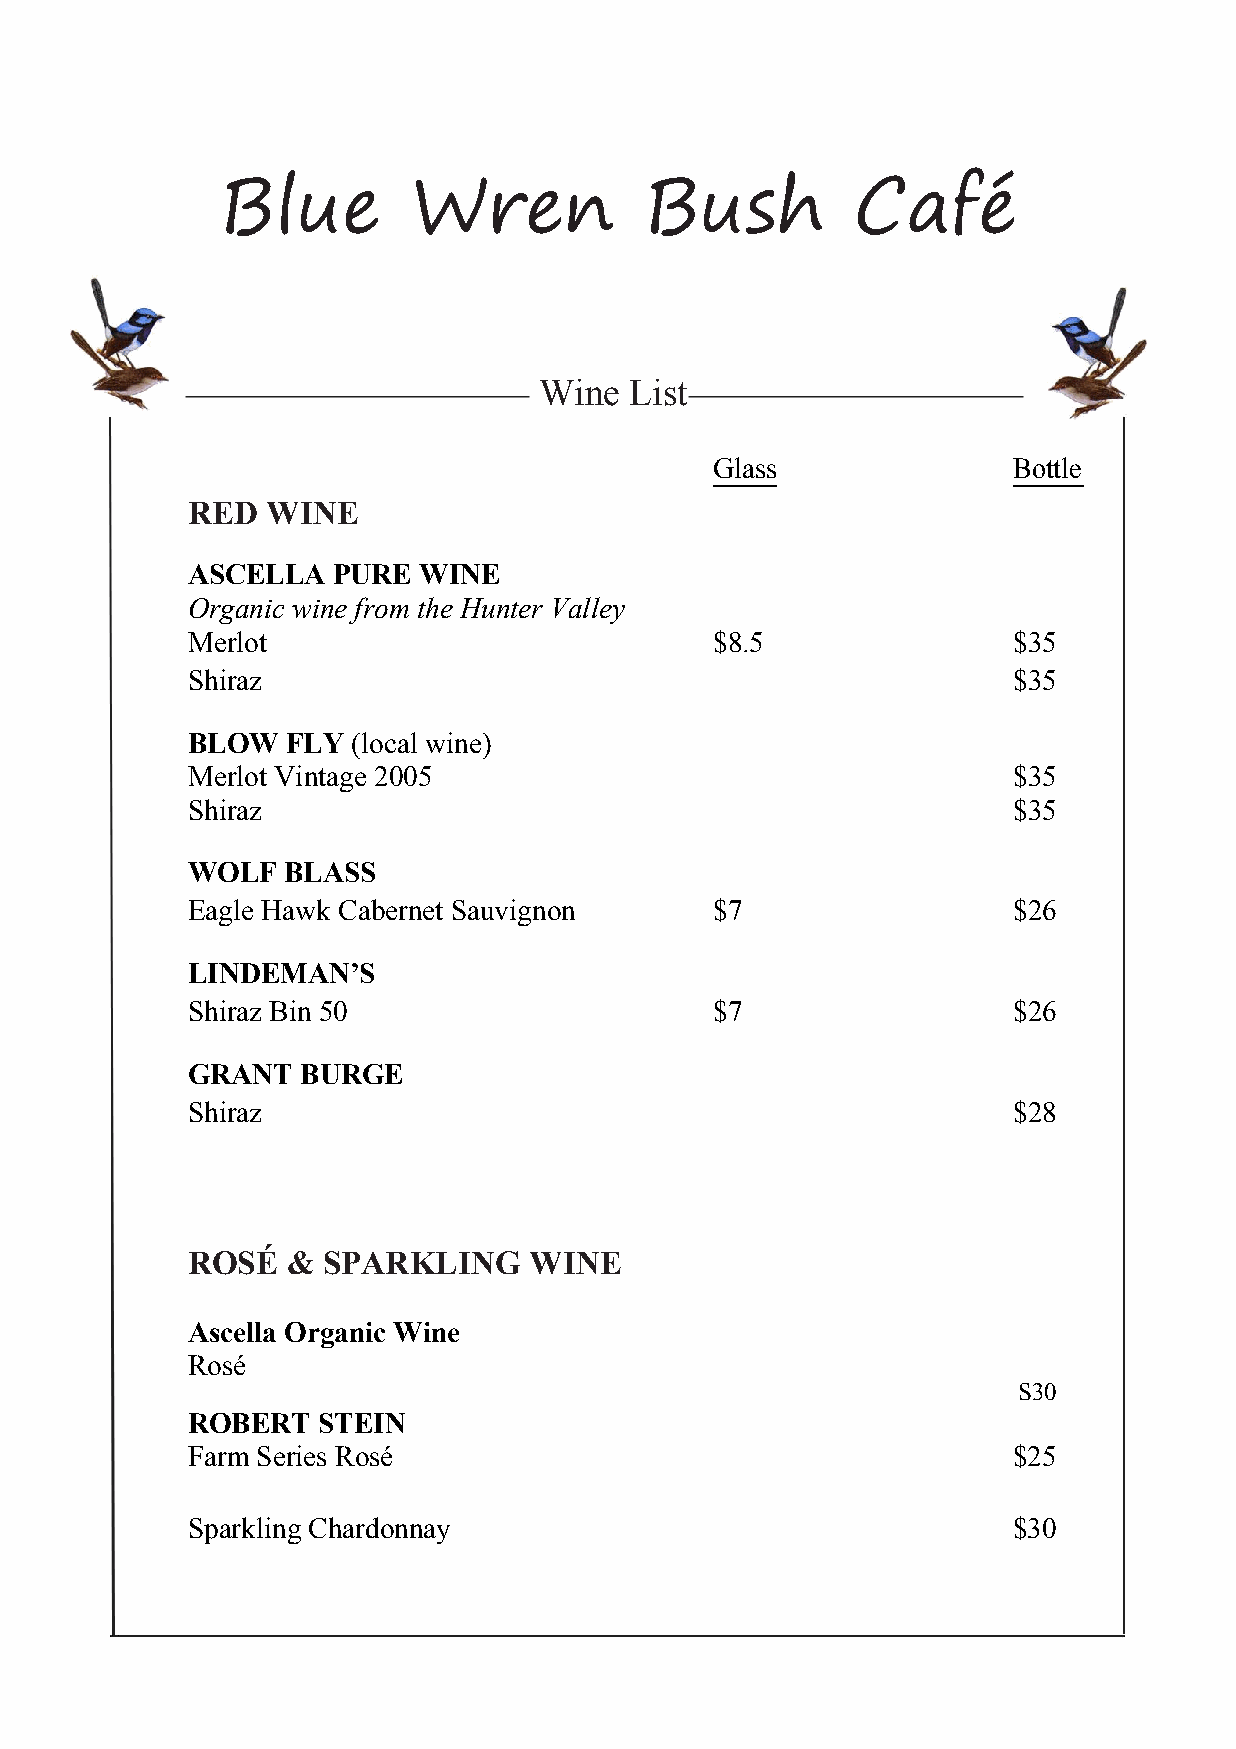
Blue        Wren            Bush         Café
 Wine  List
 Glass               Bottle
 RED   WINE
 ASCELLA   PURE  WINE
 Organic wine from the Hunter Valley
 Merlot                             $8.5                $35
 Shiraz                                                 $35
 BLOW   FLY (local wine)
 Merlot Vintage 2005                                    $35
 Shiraz                                                 $35
 WOLF   BLASS
 Eagle Hawk Cabernet Sauvignon      $7                  $26
 LINDEMAN’S
 Shiraz Bin 50                      $7                  $26
 GRANT   BURGE
 Shiraz                                                 $28
 ROSÉ   & SPARKLING     WINE
 Ascella Organic Wine
 Rosé
 S30
 ROBERT   STEIN
 Farm Series Rosé                                       $25
 Sparkling Chardonnay                                   $30